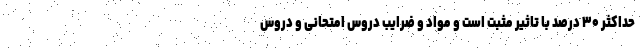
حداکثر ۳۰ درصد با تاثیر مثبت است و مواد و ضرایب دروس امتحانی و دروس